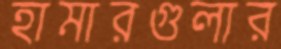
হামারগুলার